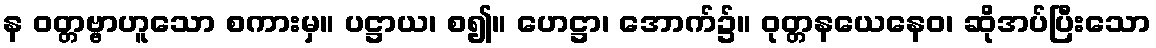
န ဝတ္တဗ္ဗာဟူသော စကားမှ။ ပဋ္ဌာယ၊ စ၍။ ဟေဋ္ဌာ၊ အောက်၌။ ဝုတ္တနယေနေဝ၊ ဆိုအပ်ပြီးသော